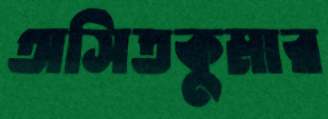
অসিতকুমার